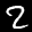
Label: 2